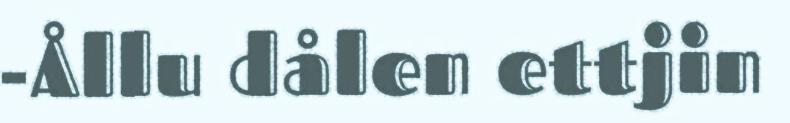
-Ållu dålen ettjin